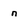
Character: n